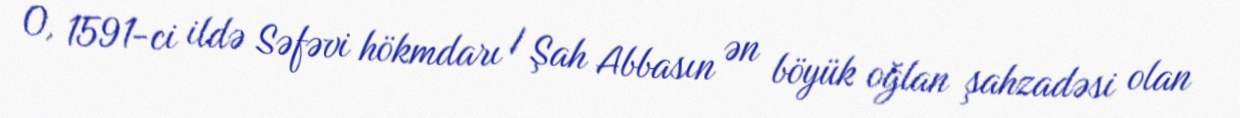
O, 1591-ci ildə Səfəvi hökmdarı I Şah Abbasın ən böyük oğlan şahzadəsi olan